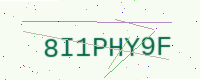
Text: 8I1PHY9F